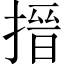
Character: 搢